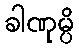
ခါဏုမ္ပိ